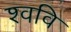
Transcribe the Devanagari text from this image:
श्ववि